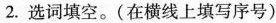
2. 选词填空。(在横线上填写序号)